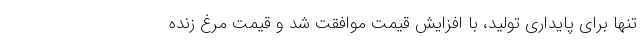
تنها برای پایداری تولید، با افزایش قیمت موافقت شد و قیمت مرغ زنده